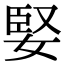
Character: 婜